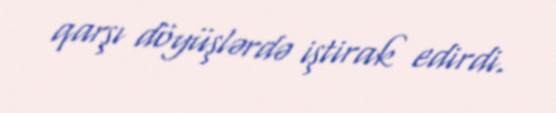
qarşı döyüşlərdə iştirak edirdi.